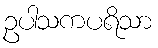
ဥပါသကပရိသာ